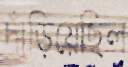
দাঁড়িয়েছিল